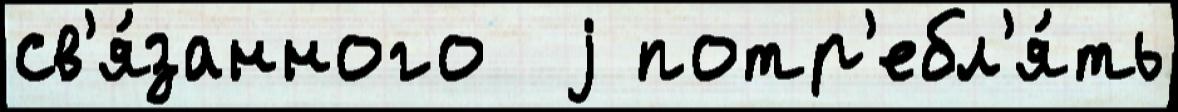
св'я́занного  j потр'ебл'я́ть